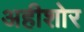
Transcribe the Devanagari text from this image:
अहीशोर